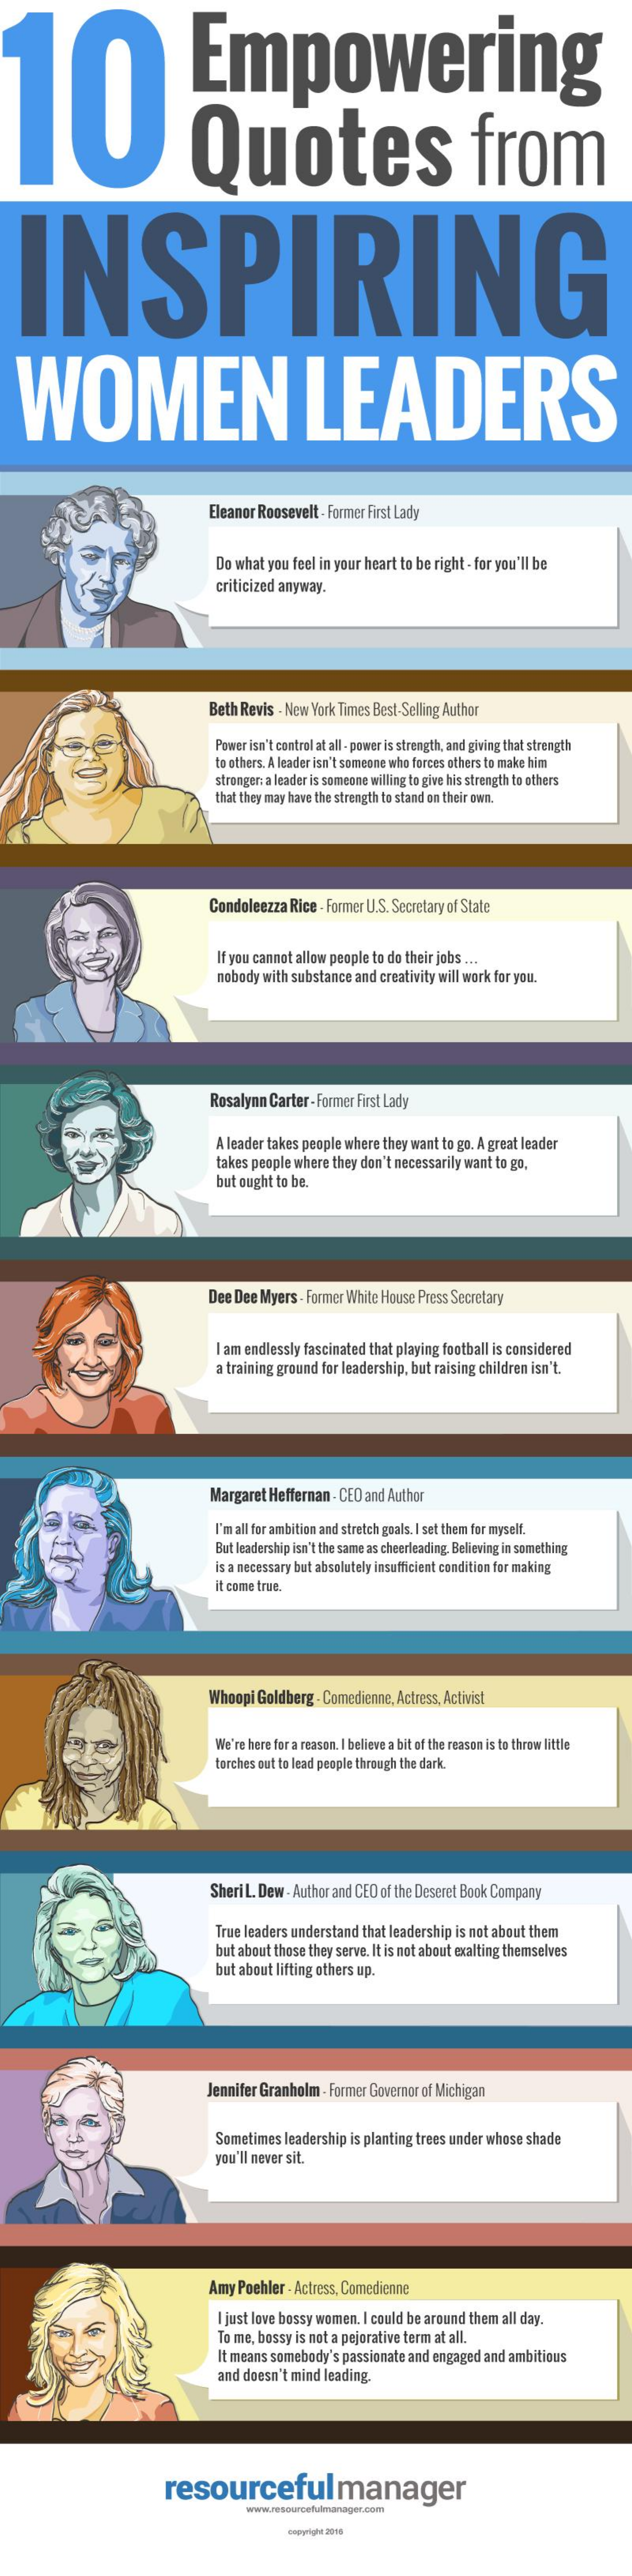
10    Empowering
     Quotes    from
   INSPIRING
  WOMEN    LEADERS
     Eleanor Roosevelt  - Former First Lady
     Do what you feel in your heart to be right - for you'll be
     criticized anyway.
     Beth Revis - New York Times Best-Selling Author
     Power isn't control at all - power is strength, and giving that strength
     to others. A leader isn't someone who forces others to make him
     strangen a leader is someone willing to give his strength to others
     that they may have the strength to stand on their own.
     Condoleezza  Rice - Former U.S. Secretary of State
     If you cannot allow people to do their jobs ...
     nobody with substance  and creativity will work for you.
     Rosalynn  Carter -Former First Lady
     A leader takes people where they want to go. A great leader
     takes people where they don't necessarily want to go,
     but ought to be.
     Dee Dee  Myers  . Former White House Press Secretary
     I am endlessly fascinated that playing football is considered
     a training ground for leadership, but raising children isn't.
     Margaret Heffernan  - CEO and Author
     I'm all for ambition and stretch goals. I set them for myself.
     But leadership isn't the same as cheerleading, Believing in something
     is a necessary but absolutely insufficient condition for making
     it come true.
     Whoopi  Goldberg  . Comedienne, Actress, Activist
     We're here for a reason. I believe a bit of the reason is to throw little
     torches out to lead people through the dark.
     Sheri L. Dew - Author and CEO of the Deseret Book Company
     True leaders understand  that leadership is not about them
     but about those they serve. It is not about exalting themselves
     but about lifting others up.
     Jennifer Granholm  - Former Governor of Michigan
     Sometimes   leadership is planting trees under whose shade
     you'll never sit.
     Amy Poehler - Actress, Comedienne
     I just love bossy women. I could be around them all day.
     To me, bossy is not a pejorative term at all.
     It means somebody's  passionate and engaged  and ambitious
     and doesn't mind  leading.
     resourceful    manager